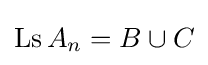
\mathop {\mathrm {Ls} } A_{n}=B\cup C